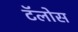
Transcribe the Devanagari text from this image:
टॅलोस